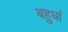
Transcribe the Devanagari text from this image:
बहुधां